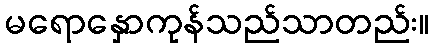
မရောနှောကုန်သည်သာတည်း။